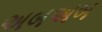
અબઅબ